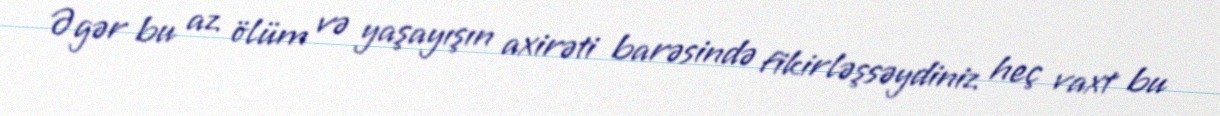
Əgər bu az ölüm və yaşayışın axirəti barəsində fikirləşsəydiniz heç vaxt bu